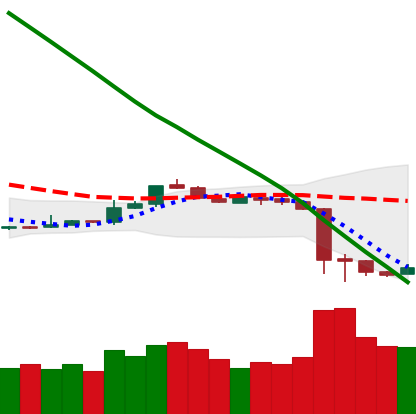
Ticker: ETH-USD
Chart end date: 2018-11-18
Forward return: -30.368%
Label: down_7plus